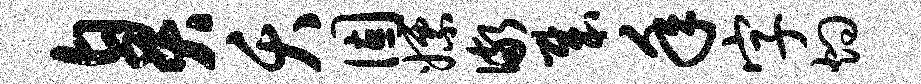
臭夭固嫖儆哉年字灼